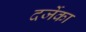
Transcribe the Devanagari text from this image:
दर्जेका